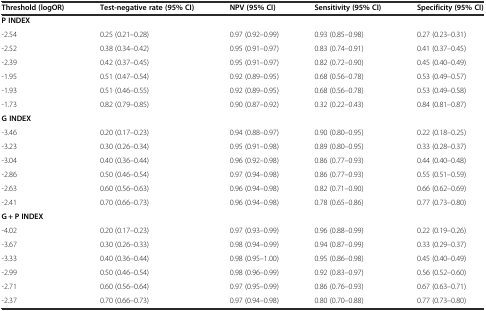
<table><thead><tr><td><b>Threshold (logOR)</b></td><td><b>Test-negative rate (95% CI)</b></td><td><b>NPV (95% CI)</b></td><td><b>Sensitivity (95% CI)</b></td><td><b>Specificity (95% CI)</b></td></tr></thead><tbody><tr><td colspan="5"><b>P INDEX</b></td></tr><tr><td>-2.54</td><td>0.25 (0.21–0.28)</td><td>0.97 (0.92–0.99)</td><td>0.93 (0.85–0.98)</td><td>0.27 (0.23–0.31)</td></tr><tr><td>-2.52</td><td>0.38 (0.34–0.42)</td><td>0.95 (0.91–0.97)</td><td>0.83 (0.74–0.91)</td><td>0.41 (0.37–0.45)</td></tr><tr><td>-2.39</td><td>0.42 (0.37–0.45)</td><td>0.95 (0.91–0.97)</td><td>0.82 (0.72–0.90)</td><td>0.45 (0.40–0.49)</td></tr><tr><td>-1.95</td><td>0.51 (0.47–0.54)</td><td>0.92 (0.89–0.95)</td><td>0.68 (0.56–0.78)</td><td>0.53 (0.49–0.57)</td></tr><tr><td>-1.93</td><td>0.51 (0.46–0.55)</td><td>0.92 (0.89–0.95)</td><td>0.68 (0.56–0.78)</td><td>0.53 (0.49–0.58)</td></tr><tr><td>-1.73</td><td>0.82 (0.79–0.85)</td><td>0.90 (0.87–0.92)</td><td>0.32 (0.22–0.43)</td><td>0.84 (0.81–0.87)</td></tr><tr><td colspan="5"><b>G INDEX</b></td></tr><tr><td>-3.46</td><td>0.20 (0.17–0.23)</td><td>0.94 (0.88–0.97)</td><td>0.90 (0.80–0.95)</td><td>0.22 (0.18–0.25)</td></tr><tr><td>-3.23</td><td>0.30 (0.26–0.34)</td><td>0.95 (0.91–0.98)</td><td>0.89 (0.80–0.95)</td><td>0.33 (0.28–0.37)</td></tr><tr><td>-3.04</td><td>0.40 (0.36–0.44)</td><td>0.96 (0.92–0.98)</td><td>0.86 (0.77–0.93)</td><td>0.44 (0.40–0.48)</td></tr><tr><td>-2.86</td><td>0.50 (0.46–0.54)</td><td>0.97 (0.94–0.98)</td><td>0.86 (0.77–0.93)</td><td>0.55 (0.51–0.59)</td></tr><tr><td>-2.63</td><td>0.60 (0.56–0.63)</td><td>0.96 (0.94–0.98)</td><td>0.82 (0.71–0.90)</td><td>0.66 (0.62–0.69)</td></tr><tr><td>-2.41</td><td>0.70 (0.66–0.73)</td><td>0.96 (0.94–0.98)</td><td>0.78 (0.65–0.86)</td><td>0.77 (0.73–0.80)</td></tr><tr><td colspan="5"><b>G + P INDEX</b></td></tr><tr><td>-4.02</td><td>0.20 (0.17–0.23)</td><td>0.97 (0.93–0.99)</td><td>0.96 (0.88–0.99)</td><td>0.22 (0.19–0.26)</td></tr><tr><td>-3.67</td><td>0.30 (0.26–0.33)</td><td>0.98 (0.94–0.99)</td><td>0.94 (0.87–0.99)</td><td>0.33 (0.29–0.37)</td></tr><tr><td>-3.33</td><td>0.40 (0.36–0.44)</td><td>0.98 (0.95–1.00)</td><td>0.95 (0.86–0.98)</td><td>0.45 (0.40–0.49)</td></tr><tr><td>-2.99</td><td>0.50 (0.46–0.54)</td><td>0.98 (0.96–0.99)</td><td>0.92 (0.83–0.97)</td><td>0.56 (0.52–0.60)</td></tr><tr><td>-2.71</td><td>0.60 (0.56–0.64)</td><td>0.97 (0.95–0.99)</td><td>0.86 (0.76–0.93)</td><td>0.67 (0.63–0.71)</td></tr><tr><td>-2.37</td><td>0.70 (0.66–0.73)</td><td>0.97 (0.94–0.98)</td><td>0.80 (0.70–0.88)</td><td>0.77 (0.73–0.80)</td></tr></tbody></table>